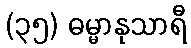
(၃၅) ဓမ္မာနုသာရီ